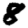
Digit: 8